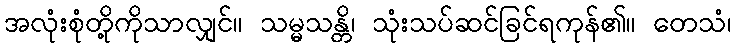
အလုံးစုံတို့ကိုသာလျှင်။ သမ္မသန္တိ၊ သုံးသပ်ဆင်ခြင်ရကုန်၏။ တေသံ၊